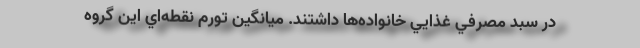
در سبد مصرفي غذايي خانواده‌ها داشتند. ميانگين تورم نقطه‌اي اين گروه